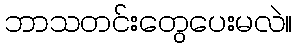
ဘာသတင်းတွေပေးမလဲ။